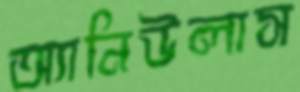
অ্যানিউলাস